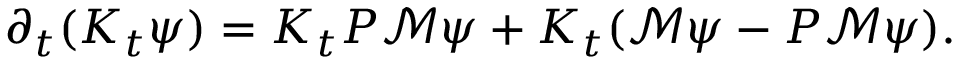
\partial _ { t } ( K _ { t } \psi ) = K _ { t } P \mathcal M \psi + K _ { t } ( \mathcal M \psi - P \mathcal M \psi ) .